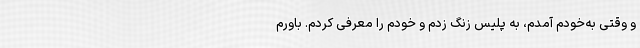
و وقتی به‌خودم آمدم، به پلیس زنگ زدم و خودم را معرفی کردم. باورم